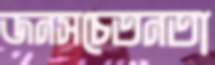
জনসচেতনতা